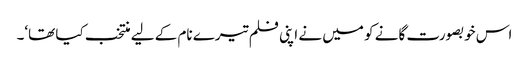
اس خوبصورت گانے کو میں نے اپنی فلم تیرے نام کے لیے منتخب کیا تھا‘۔